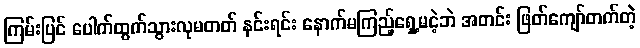
ကြမ်းပြင် ပေါက်ထွက်သွားလုမတတ် နင်းရင်း နောက်မကြည့်ရှေ့မငဲ့ဘဲ အတင်း ဖြတ်ကျော်တက်တဲ့